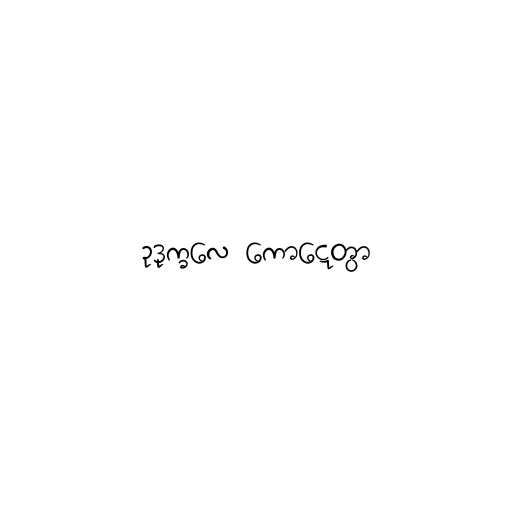
ဥဒုက္ခလေ ကောဋ္ဋေတွာ